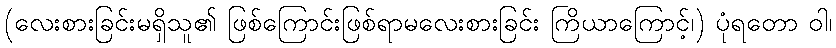
(လေးစားခြင်းမရှိသူ၏ ဖြစ်ကြောင်းဖြစ်ရာမလေးစားခြင်း ကြိယာကြောင့်၊) ပုံရတော ဝါ၊